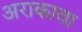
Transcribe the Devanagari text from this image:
अराकावा